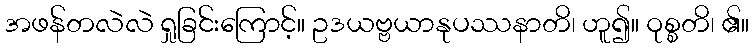
အဖန်တလဲလဲ ရှုခြင်းကြောင့်။ ဥဒယဗ္ဗယာနုပဿနာတိ၊ ဟူ၍။ ဝုစ္စတိ၊ ၏။